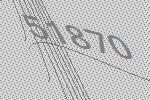
51870